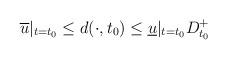
LaTeX: \begin{align*}\overline{u}|_{t=t_0} \leq d(\cdot ,t_0) \leq \underline{u}|_{t=t_0} D^+_{t_0}\end{align*}